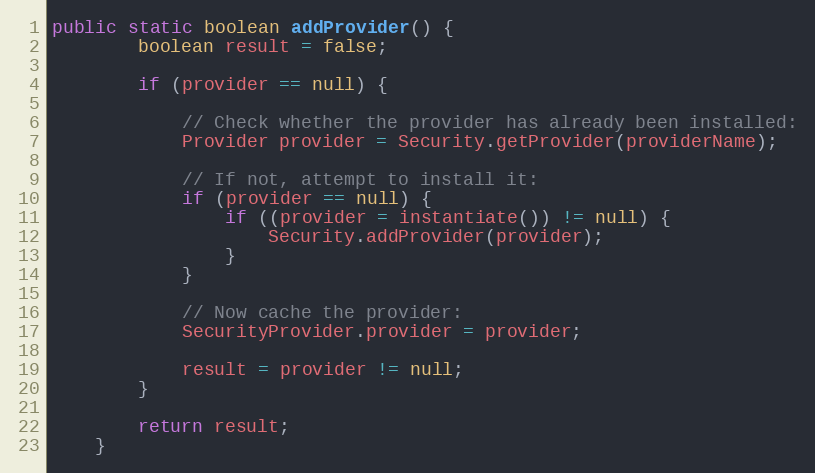
Language: Java
public static boolean addProvider() {
        boolean result = false;

        if (provider == null) {

            // Check whether the provider has already been installed:
            Provider provider = Security.getProvider(providerName);

            // If not, attempt to install it:
            if (provider == null) {
                if ((provider = instantiate()) != null) {
                    Security.addProvider(provider);
                }
            }

            // Now cache the provider:
            SecurityProvider.provider = provider;

            result = provider != null;
        }

        return result;
    }